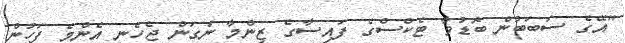
"އޭގެ ސަބަބުން ބޮޑުވާ ޓެކްސްގެ ފައިސާގެ ޒިންމާ ނަގަން ޖެހެނީ އެންމެ ފަހުން